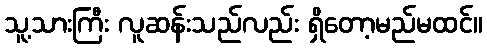
သူ့သားကြီး လူဆန်းသည်လည်း ရှိတော့မည်မထင်။